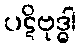
ပဋိဗုဒ္ဓါ